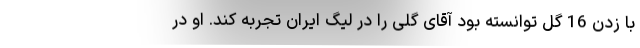
با زدن 16 گل توانسته بود آقای گلی را در لیگ ایران تجربه کند. او در